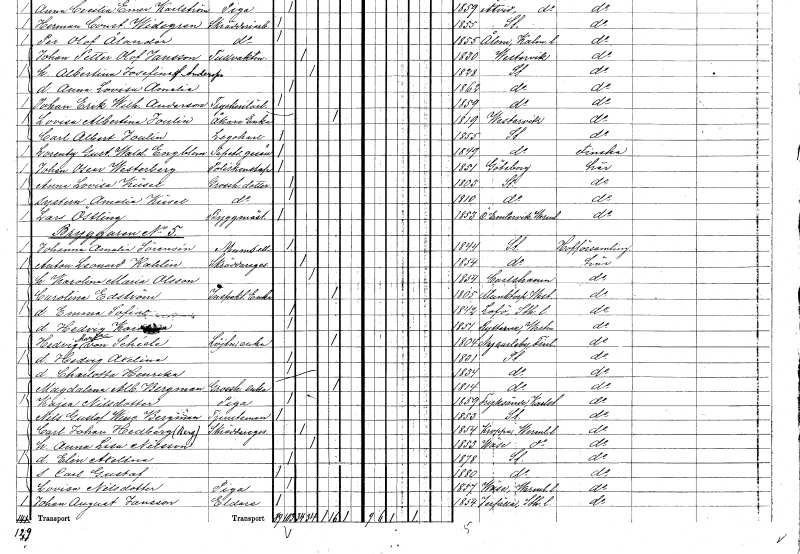
gt_parse: households: individuals: FN: Anna Lovisa
EN: Küsel
YRKE: Grosshandlaredotter
KON: K
CIV: O
FODAR: 1803
FODFORS: Stockholm
FN: Amalia
EN: Küsel
YRKE: Grosshandlaredotter
KON: K
CIV: O
FODAR: 1810
FODFORS: Stockholm
FN: Lars
EN: Östling
YRKE: Byggmästare
KON: M
CIV: O
FODAR: 1853
FODFORS: Östra Ämtervik Värmlands län
FN: Johanna Amalia
EN: Sörensén
KON: K
CIV: O
FODAR: 1844
FODFORS: Stockholm
FN: Anton Leonard
EN: Kahlin
YRKE: Skräddaregesäll
KON: M
CIV: G
FODAR: 1854
FODFORS: Stockholm
FN: Karolina Maria
EN: Olsson
KON: K
CIV: G
FODAR: 1854
FODFORS: Karlshamn Blekinge län
FN: Carolina
EN: Edström
YRKE: Inspektorsänka
KON: K
CIV: E
FODAR: 1805
FODFORS: Munktorp Västmanlands län
FN: Emma Sofia
KON: K
CIV: O
FODAR: 1842
FODFORS: Lovö Stockholms län
FN: Hedvig Karolina
KON: K
CIV: O
FODAR: 1851
FODFORS: Rytterne Västmanlands län
FN: Hedvig Maria
EN: von Schcéle
YRKE: Löjtnantsänka
KON: K
CIV: E
FODAR: 1804
FN: Hedvig Axelina
KON: K
CIV: O
FODAR: 1831
FODFORS: Stockholm
FN: Charlotta Henrika
KON: K
CIV: O
FODAR: 1834
FODFORS: Stockholm
FN: Magdalena Albertina
EN: Bergman
YRKE: Grosshandlareänka
KON: K
CIV: E
FODAR: 1814
FODFORS: Stockholm
FN: Kajsa
EN: Nilsdotter
YRKE: Piga
KON: K
CIV: O
FODAR: 1859
FODFORS: Fryksände Värmlands län
FN: Nils Gustaf Wincent
EN: Bergman
YRKE: Tjänsteman vid obestämd arbetsplats
KON: M
CIV: O
FODAR: 1853
FODFORS: Stockholm
FN: Carl Johan
EN: Hedberg Berg
YRKE: Skräddaregesäll
KON: M
CIV: G
FODAR: 1854
FODFORS: Kroppa Värmlands län
FN: Anna Lisa
EN: Nilsson
KON: K
CIV: G
FODAR: 1853
FODFORS: Väse Värmlands län
FN: Elin Axelina
KON: K
CIV: O
FODAR: 1878
FODFORS: Stockholm
FN: Carl Gustaf
KON: M
CIV: O
FODAR: 1880
FODFORS: Stockholm
FN: Lovisa
EN: Nilsdotter
YRKE: Piga
KON: K
CIV: O
FODAR: 1857
FODFORS: Väse Värmlands län
FN: Johan August
EN: Jansson
YRKE: Eldare
KON: M
CIV: O
FODAR: 1854
FODFORS: Järfälla Stockholms län